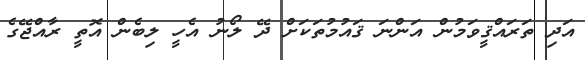
އަދި ތަރައްޤީވަމުން އަންނަ ޤައުމުތަކަށް ދޭ ލޯނު އެހީ ލިބެން އޮތީ ރާއްޖޭގެ